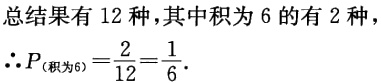
总结果有 12 种，其中积为 6 的有 2 种，
\(\therefore P_{(积为6)}=\frac{2}{12}=\frac{1}{6}\).